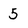
Character: 5